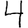
Digit: 4